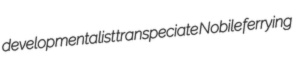
developmentalist transpeciate Nobile ferrying